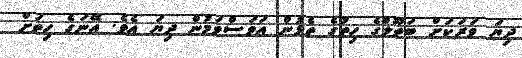
ދިޔަ ވަރަކަށް ބަތޫލްގެ ހިތުގެ ތެޅުން އަވަސްވަމުން ދިޔަ އެވެ. އޭނަގެ ހިތަށް